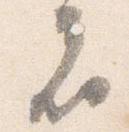
者